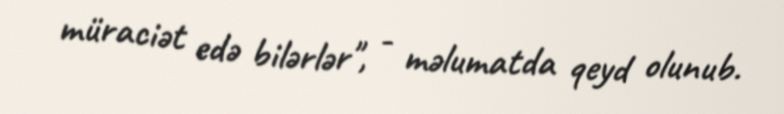
müraciət edə bilərlər", - məlumatda qeyd olunub.